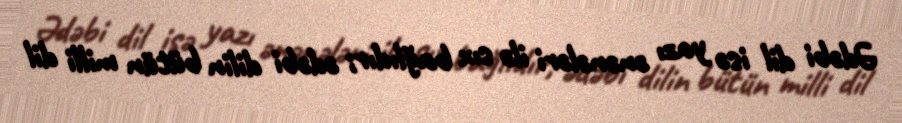
Ədəbi dil isə yazı ənənələri ilə sıx bağlıdır; ədəbi dilin bütün milli dil